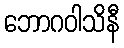
ဘောဂဝါသိနီ